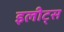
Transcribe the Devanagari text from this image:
इलीट्स